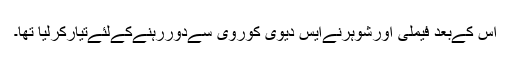
اس کےبعد فیملی اورشوہرنےایس دیوی کوروی سےدوررہنےکےلئےتیارکرلیا تھا۔